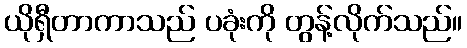
ယိုရှီတာကာသည် ပခုံးကို တွန့်လိုက်သည်။